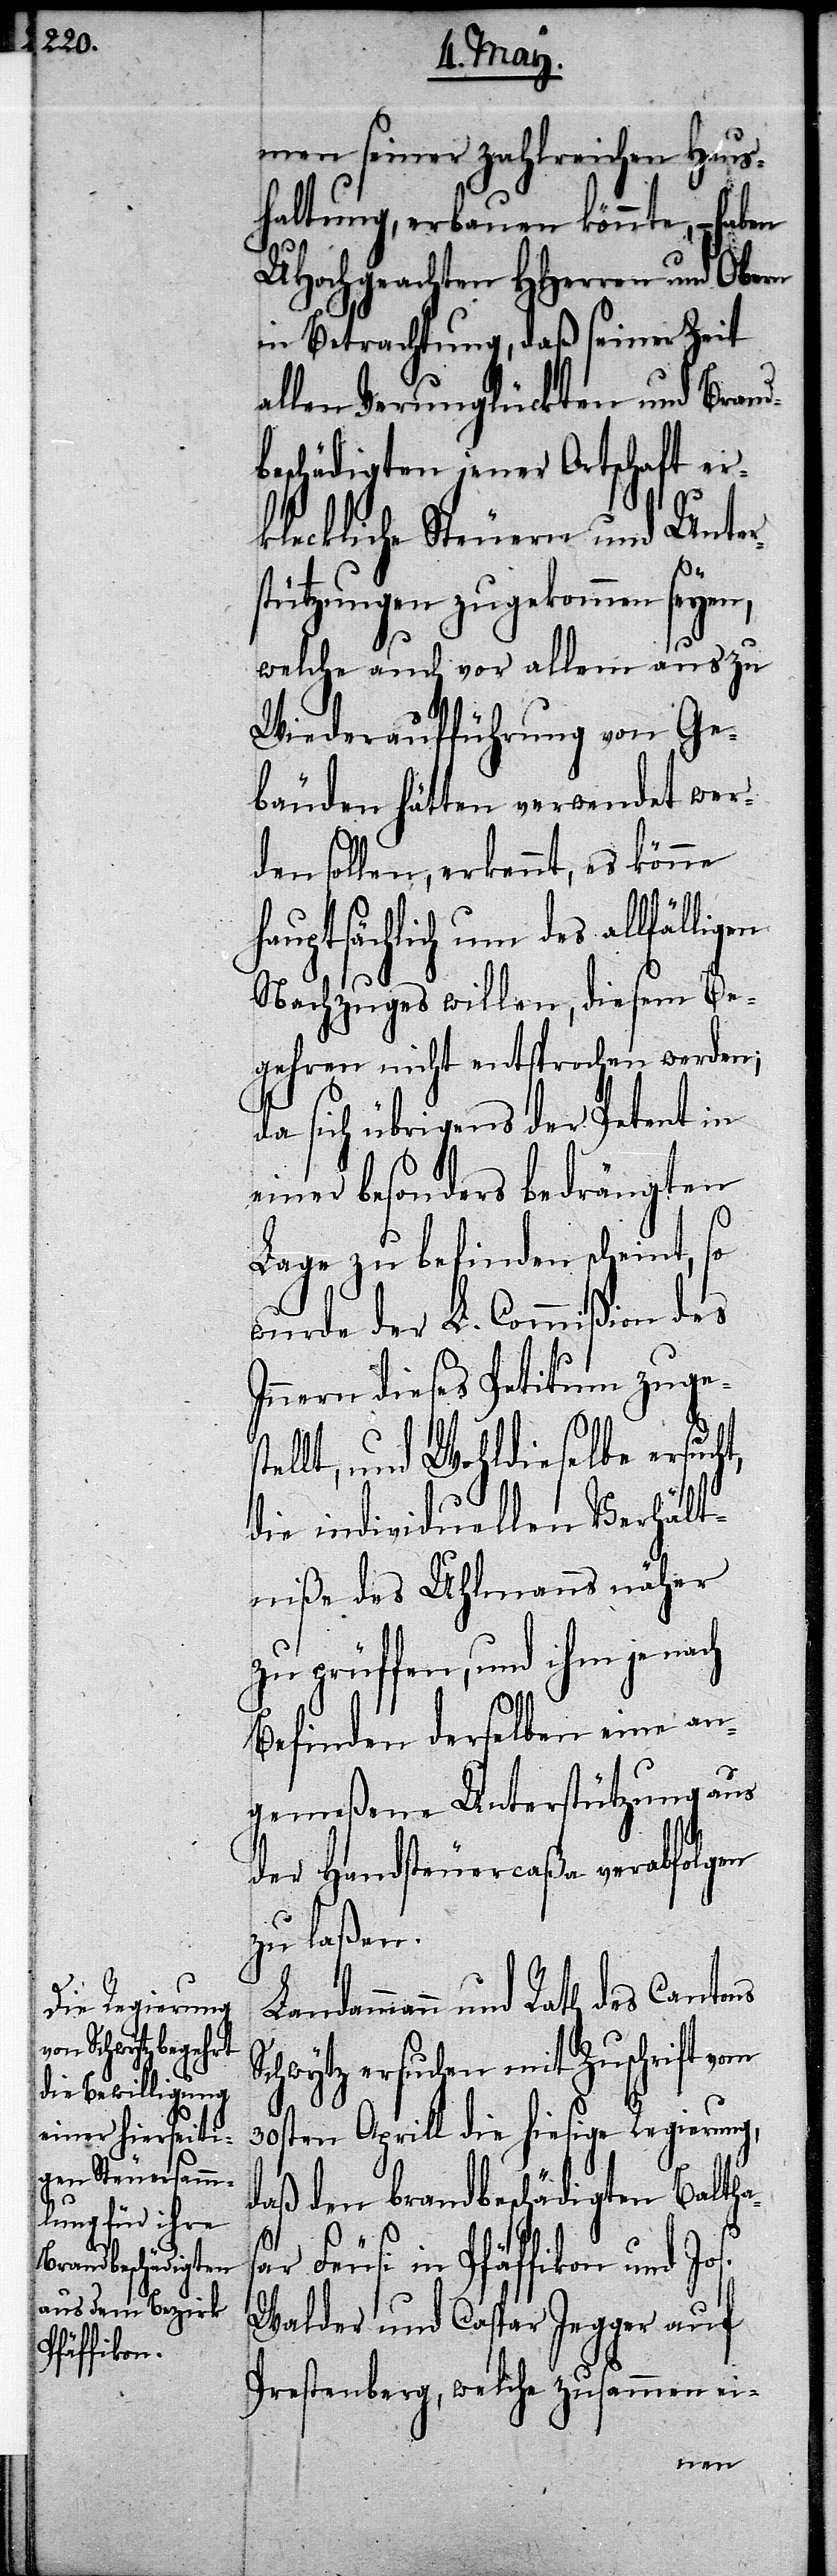
men seiner zahlreichen Haus¬
haltung, erbauen könnte, – haben
UHochgeachten HHerren und Obern
in Betrachtung, daß seiner Zeit
allen Verunglückten und Brand¬
beschädigten jener Ortschaft er¬
kleckliche Steuern und Unter¬
stützungen zugekommen seyen,
welche auch vor allem aus zu
Wiederaufführung von Ge¬
bäuden hätten verwendet wer¬
den sollen, erkennt, es könne
hauptsächlich um des allfällig¬
Nachzuges willen, diesem Be¬
gehren nicht entsprochen werden;
da sich übrigens der Petent in
einer besonders bedrängten
Lage zu befinden scheint, so
wurde der L. Commißion des
Innern dieses Petitum zuge¬
stellt, und Wohldieselbe ersucht,
die individuellen Verhält¬
niße des Uhlmanns näher
zu prüffen, und ihm je nach
Befinden derselben eine an¬
gemeßene Unterstützung aus
der Handsteuercaßa verabfolgen
zu laßen.
Landammann und Rath des Cantons
Schwytz ersuchen mit Zuschrift vom
30sten Aprill die hiesige Regierung,
daß den brandbeschädigten Baltha¬
sar Feusi in Pfäffikon und Jos.
Walder und Caspar Jegger auf
Prestenberg, welche zusammen ei-
en